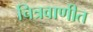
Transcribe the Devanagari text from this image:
चित्रवाणीत